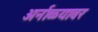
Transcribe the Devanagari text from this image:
अर्नाळ्यावर